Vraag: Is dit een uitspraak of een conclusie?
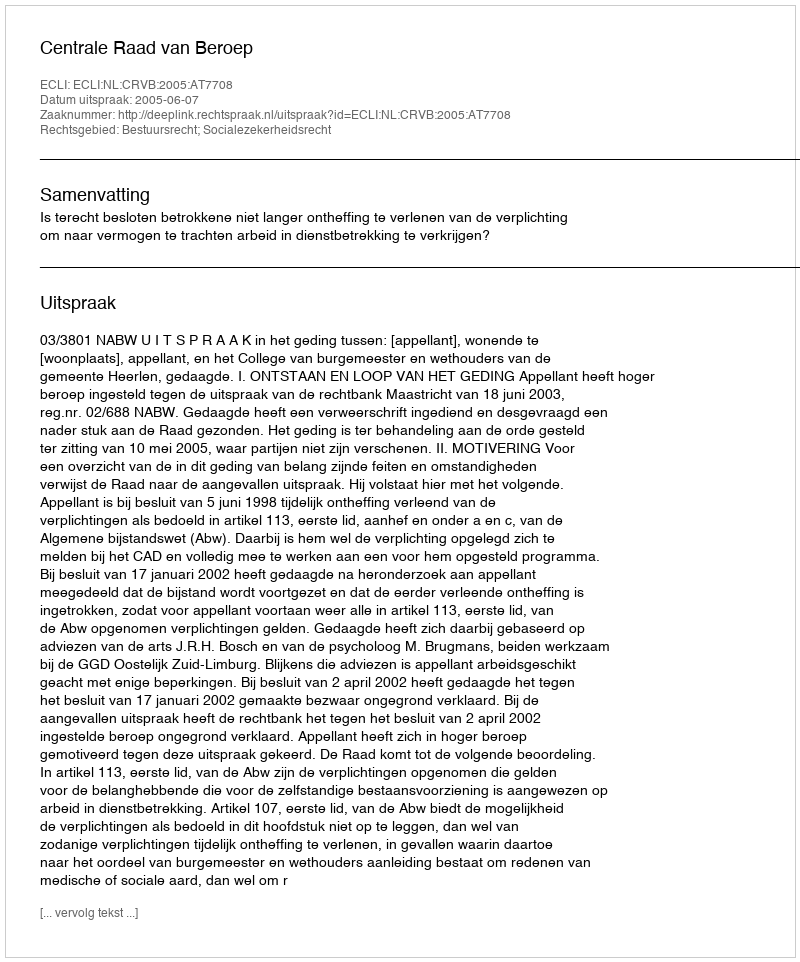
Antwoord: Uitspraak